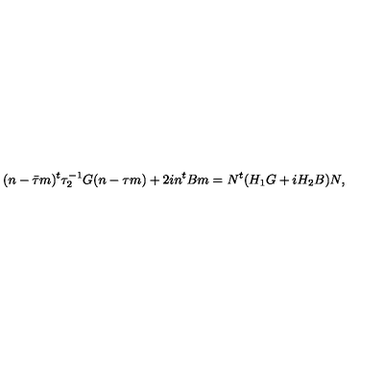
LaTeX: ( n - \bar { \tau } m ) ^ { t } \tau _ { 2 } ^ { - 1 } G ( n - \tau m ) + 2 i n ^ { t } B m = N ^ { t } ( H _ { 1 } G + i H _ { 2 } B ) N ,